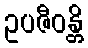
ဥပဇီဝန္တိ